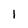
Character: I